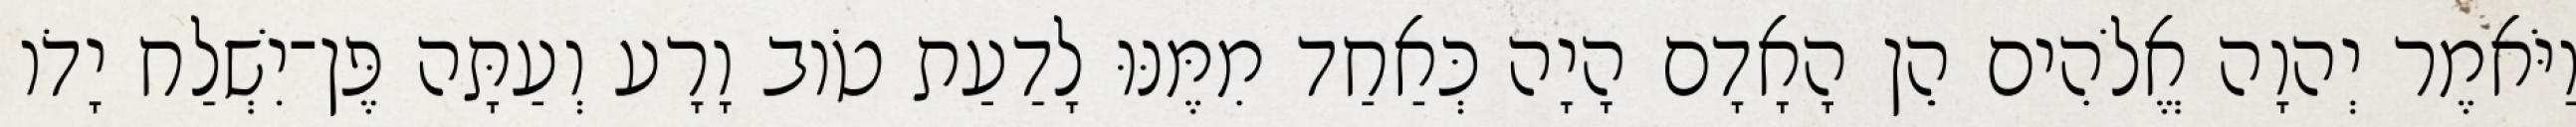
וַיֹּאמֶר יְהוָה אֱלֹהִים הֵן הָאָדָם הָיָה כְּאַחַד מִמֶּנּוּ לָדַעַת טֹוב וָרָע וְעַתָּה פֶּן־יִשְׁלַח יָדֹו